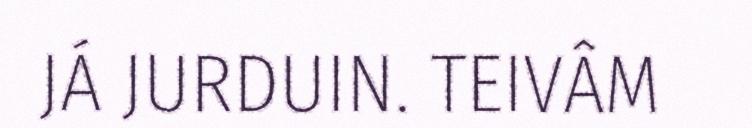
JÁ JURDUIN. TEIVÂM